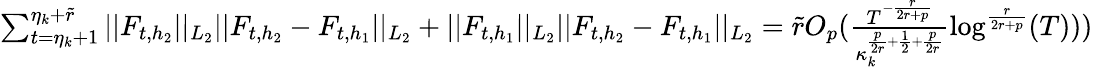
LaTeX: \begin{array}{r}{\sum_{t=\eta_{k}+1}^{\eta_{k}+\widetilde{r}}\vert\vert F_{t,h_{2}}\vert\vert_{L_{2}}\vert\vert F_{t,h_{2}}-F_{t,h_{1}}\vert\vert_{L_{2}}+\vert\vert F_{t,h_{1}}\vert\vert_{L_{2}}\vert\vert F_{t,h_{2}}-F_{t,h_{1}}\vert\vert_{L_{2}}=\widetilde{r}O_{p}(\frac{T^{-\frac{r}{2r+p}}}{\kappa_{k}^{\frac{p}{2r}+\frac{1}{2}+\frac{p}{2r}}}\log^{\frac{r}{2r+p}}(T)))}\end{array}